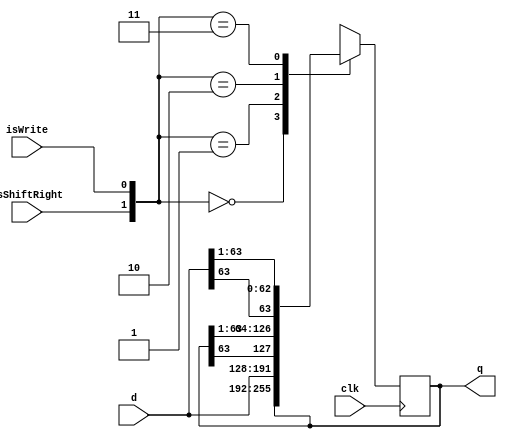
module ShiftRight64 (
    clk,
    isShiftRight,
    isWrite,
    d,
    q
);
    input wire clk;
    input wire isShiftRight;
    input wire isWrite;
    input wire [63:0] d;
    output reg [63:0] q;

    always @(posedge clk) begin
        case ({isShiftRight, isWrite})
            2'b00: begin
                q <= q;
            end
            2'b01: begin
                q <= d;
            end
            2'b10: begin
                q <= {q[63], q[63:1]};
            end
            2'b11: begin
                q <= {d[63], d[63:1]};
            end
        endcase
    end
endmodule